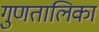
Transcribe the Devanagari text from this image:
गुणतालिका